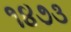
૧૪૭૩